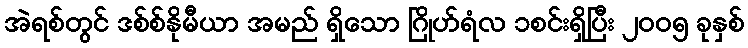
အဲရစ်တွင် ဒစ်စ်နိုမီယာ အမည် ရှိသော ဂြိုဟ်ရံလ ၁စင်းရှိပြီး ၂၀၀၅ ခုနှစ်